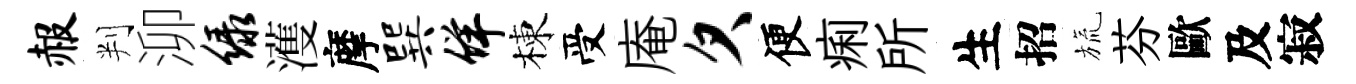
赧判泖绿濩摩巽佯棟受庵欠便痢所生招旒芬歐及寂